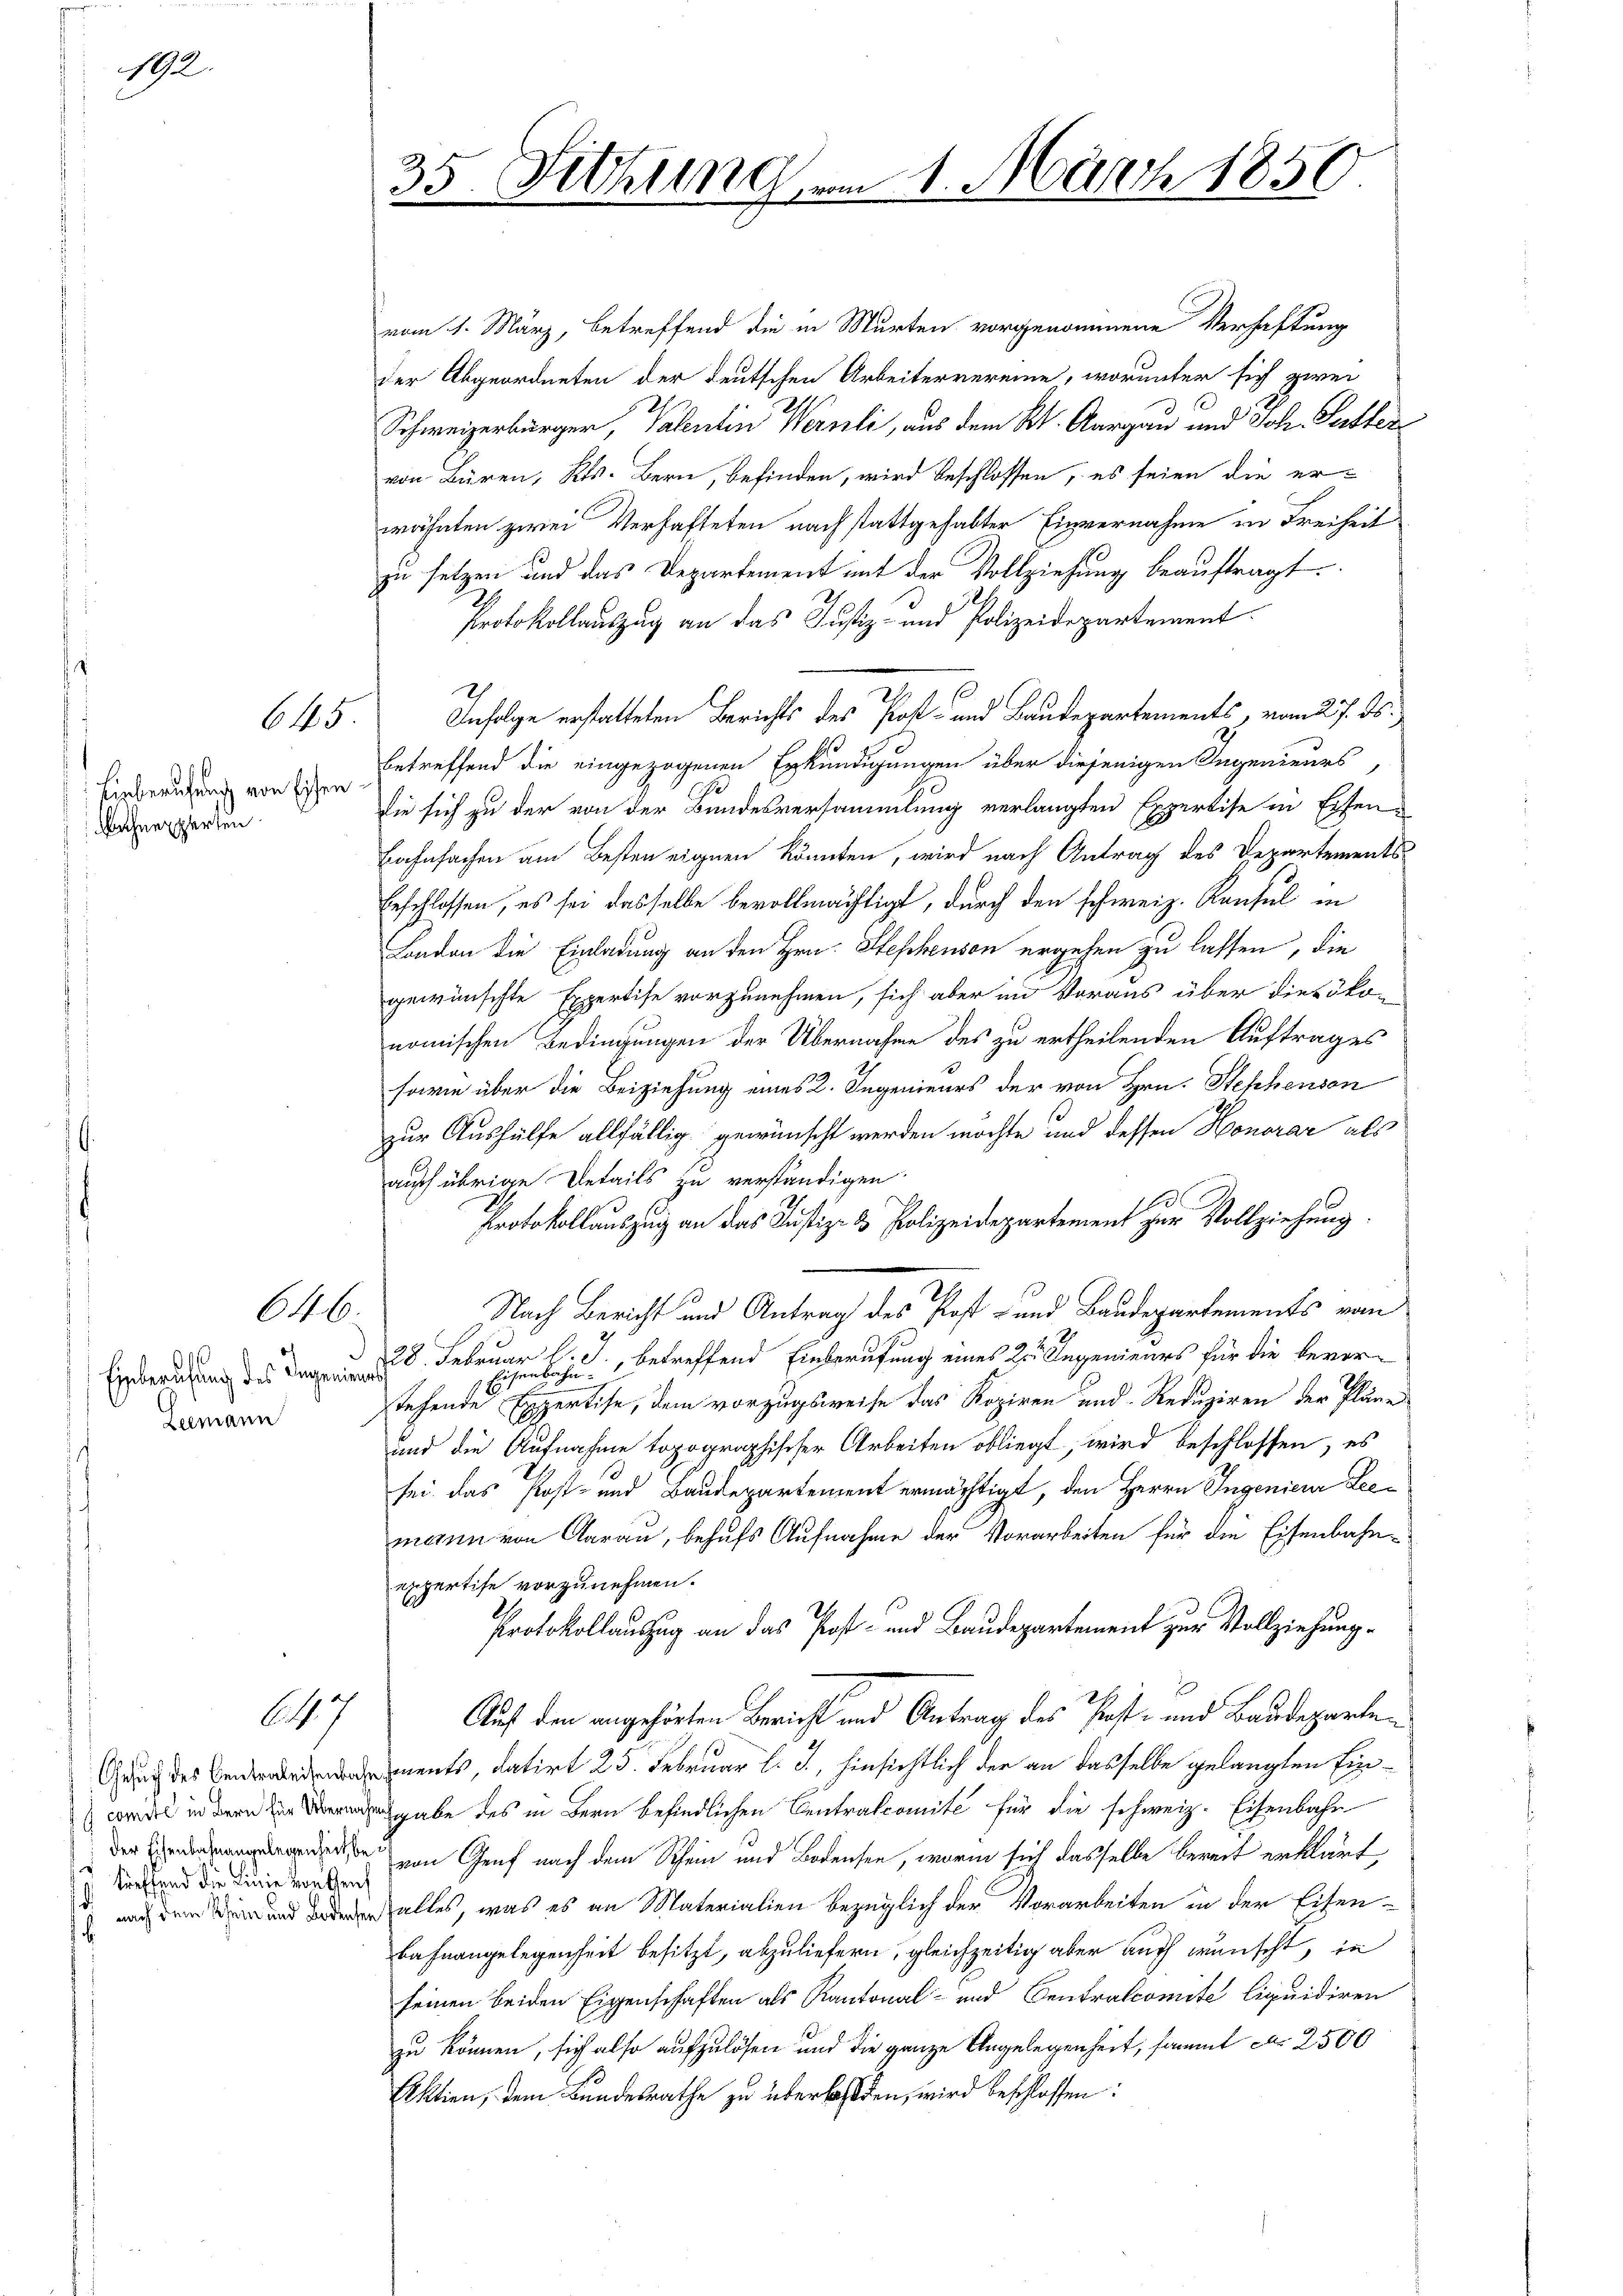
192.

Einberufung von Eisen
 Bahnexperten.

645.

646.

Einberufung des Ingenie
Leemann

647

Gesuch des Centraleisenba
 comité in Bern für Überna
der Eisenbahnangelegenheit be
treffend die Linie von Genf
s

7
35. Sching

vom 1. März, betreffend die in Murten vorgenommene Verhaftung
der Abgeordneten der deutschen Arbeitervereine, worunter sich zwei
s
Schweizerbürger, Valentin Wernli, aus dem K. Aargau und Joh. Suttervon Büren, Kts. Bern, befinden, wird beschlossen, es seien die erwähnten zwei Verhafteten nach stattgehabter Einvernahme in Freiheit
zu setzen und das Departement mit der Vollziehung beauftragt.
Protokollauszug an das Justiz- und Polizeidepartement.
Infolge erstatteten Berichts des Post- und Baudepartements, vom 27. ds.
betreffend die eingezogenen Erkundigungen über diejenigen Segenieurs,
die sich zu der von der Bundesversammlung verlangten Expertise in Eisen¬
Bahnfachen am Besten eignen könnten, wird nach Antrag des Departementsbeschlossen, es sei dasselbe bevollmächtigt, durch den schweiz. Konsul in
London die Einladung an den Hrn. Stephenson ergehen zu lassen, die
gewünschte Expertise vorzunehmen, sich aber im Voraus über diesöko-
nomischen Bedingungen der Übernahme des zu ertheilenden Auftrages
sowie über die Beiziehung eines 2. Ingenieurs der von Hrn. Hehhensen
zur Aushülfe allfällig gewünscht werden möchte und dessen Honorar als
auch übrige Details zu verständigen
100.
Protokollauszug an das Justiz- & Polizeidepartement zur Vollziehung.
Nach Bericht und Antrag des Post- und Baudepartements vom
28. Februar l. J., betreffend Einberufung eines 2. Ingenieurs für die bevorr
Eisenbahnstehende Expertise, dem vorzugsweise das Kopiren und Reduziren der Pläne
und die Aufnahme topographischer Arbeiten obliegt, wird beschlossen, es
sei das Post- und Baudepartement ermächtigt, den Herrn Ingenieur Leemann von Aarau, behufs Aufnahme der Vorarbeiten für die Eisenbahnexpertise vorzunehmen.
Protokollauszug an das Post- und Baudepartement zur Vollziehung¬
Auf den angehörten Bericht und Antrag des Post- und Baudeparten
ments, datirt 25. Februar l. J., hinsichtlich der an dasselbe gelangten Einsgabe des in Bern befindlichen Centralcomité für die schweiz. Eisenbahn-
von Genf nach dem Rhein und Bodensee, worin sich dasselbe bereit erklärt
nfalles, was es an Materialien bezüglich der Vorarbeiten in der Eisen-
Bahnangelegenheit besitzt, abzuliefern, gleichzeitig aber auch wünscht, in
seinen beiden Eigenschaften als Kantonal- und Centralcomite liquidiren
zu können, sich also aufzulösen und die ganze Angelegenheit, sammt Nr. 2500
Aktien, dem Bundesrathe zu überlassen, wird beschlossen:

2. März 1850.